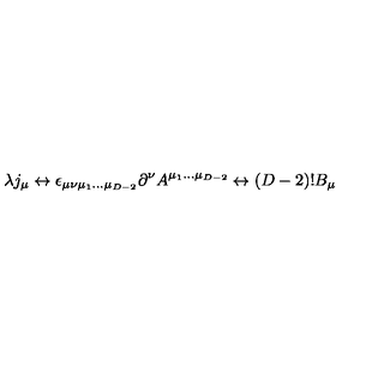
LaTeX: \lambda j _ { \mu } \leftrightarrow \epsilon _ { \mu \nu \mu _ { 1 } . . . \mu _ { D - 2 } } \partial ^ { \nu } A ^ { \mu _ { 1 } . . . \mu _ { D - 2 } } \leftrightarrow ( D - 2 ) ! B _ { \mu }